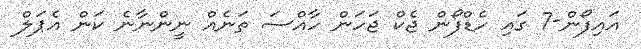
އައިފޯން-7 ގައި ހެޑްފޯން ޖެކް ޖަހަން ހާއްސަ ތަނެއް ނީންނާނެ ކަން އެޕަލް